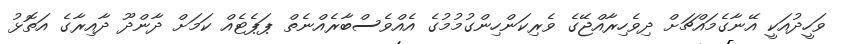
ވަހީދުއަކީ އޭނާގެމައްޗަށް ދިވެހިރާއްޖޭގެ ވެރިކަންހިންގުމުމުގެ އެއްވެސްބާރެއްނެތް ޕަޕެޓެއް ކަމަށް ދާންދޫ ދާއިރާގެ އަތޮޅު